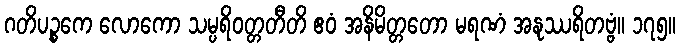
ဂတိပဉ္စကေ လောကော သမ္ပရိဝတ္တတီတိ ဧဝံ အနိမိတ္တတော မရဏံ အနုဿရိတဗ္ဗံ။ ၁၇၅။